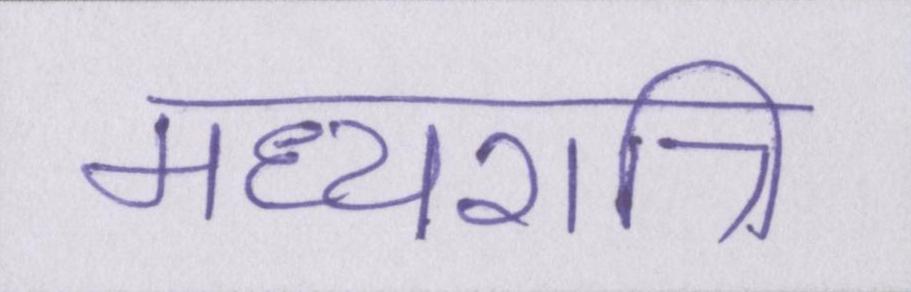
मध्यरात्रि